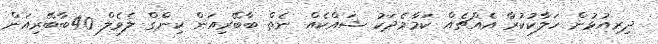
ދިރިއުޅުން ހަލާކުކުރާ އެއްޗެއް ކަމާމެދަކު ޝައްކެއް ނެތް ބާބޭރިއަން ކިންގް ލެވެލް 40ބާބޭރިއަން